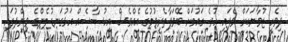
ދިވެހި ޒުވާނަކަށް ވެފައި ހުރެ ގައުމަށް ބޭވަފާތެރިވުމުގެ އެއްވެސް އިހުސާސެއް އަޅުގަނޑުމެންގެ ވިންދުގައި